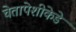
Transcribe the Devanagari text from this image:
चेतापेशीकेडे